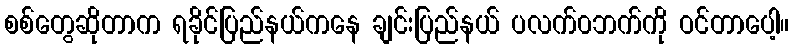
စစ်တွေဆိုတာက ရခိုင်ပြည်နယ်ကနေ ချင်းပြည်နယ် ပလက်၀ဘက်ကို ဝင်တာပေါ့။